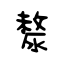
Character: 漦